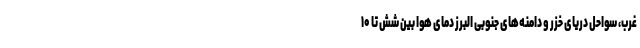
غرب، سواحل دریای خزر و دامنه‌های جنوبی البرز دمای هوا بین شش تا ۱۰